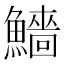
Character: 𩼒